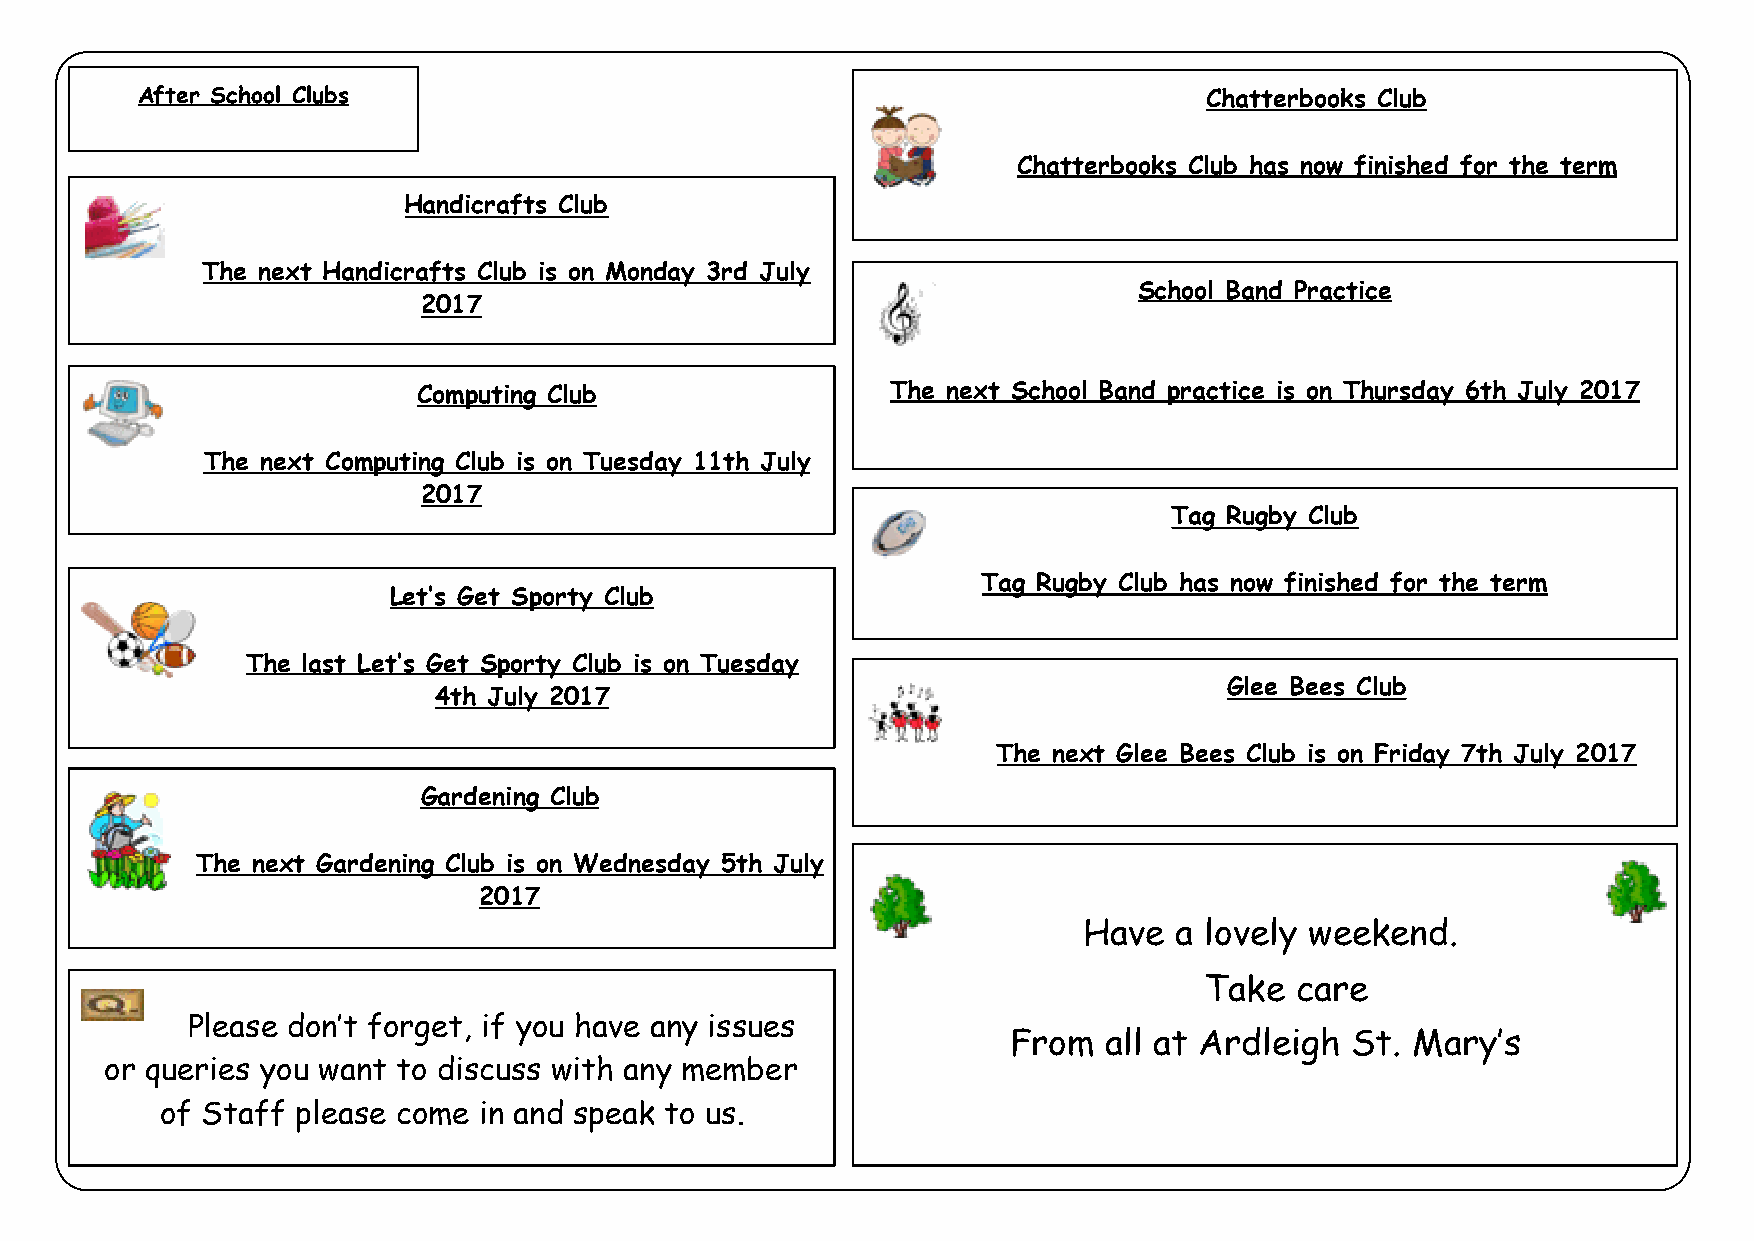
After School Clubs                                                     Chatterbooks Club
 Chatterbooks Club has now finished for the term
 Handicrafts Club
 The next Handicrafts Club is on Monday 3rd July
 School Band Practice
 2017
 Computing Club                 The next School Band practice is on Thursday 6th July 2017
 The next Computing Club is on Tuesday 11th July
 2017
 Tag Rugby Club
 Tag Rugby Club has now finished for the term
 Let’s Get Sporty Club
 The last Let’s Get Sporty Club is on Tuesday
 Glee Bees Club
 4th July 2017
 The next Glee Bees Club is on Friday 7th July 2017
 Gardening Club
 The next Gardening Club is on Wednesday 5th July
 2017
 Have  a lovely weekend.
 Take  care
 Please don’t forget, if you have any issues
 From  all at Ardleigh St.  Mary’s
 or queries you want to discuss with any member
 of Staff please come in and speak to us.